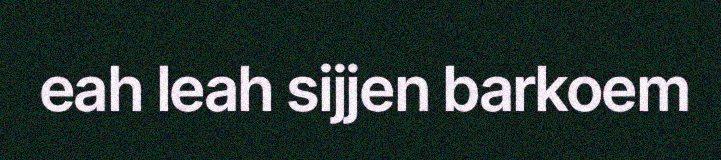
eah leah sijjen barkoem